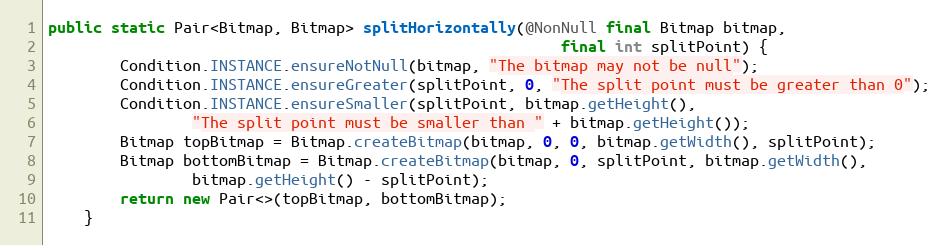
Language: Java
public static Pair<Bitmap, Bitmap> splitHorizontally(@NonNull final Bitmap bitmap,
                                                         final int splitPoint) {
        Condition.INSTANCE.ensureNotNull(bitmap, "The bitmap may not be null");
        Condition.INSTANCE.ensureGreater(splitPoint, 0, "The split point must be greater than 0");
        Condition.INSTANCE.ensureSmaller(splitPoint, bitmap.getHeight(),
                "The split point must be smaller than " + bitmap.getHeight());
        Bitmap topBitmap = Bitmap.createBitmap(bitmap, 0, 0, bitmap.getWidth(), splitPoint);
        Bitmap bottomBitmap = Bitmap.createBitmap(bitmap, 0, splitPoint, bitmap.getWidth(),
                bitmap.getHeight() - splitPoint);
        return new Pair<>(topBitmap, bottomBitmap);
    }